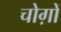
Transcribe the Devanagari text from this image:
चोग़ों